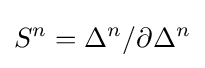
S^{n}=\Delta ^{n}/\partial \Delta ^{n}